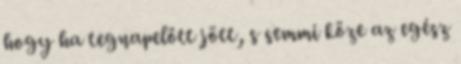
hogy ha tegnapelőtt jött, s semmi köze az egész